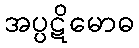
အပ္ပဋိမောဓ